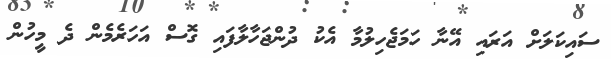
ސައިކަލަށް އަރައި އޭނާ ހަމަޖެހިލުމާ އެކު ދުންޖަހާލާފައި ގޮސް އަހަރެމެން ދެ މީހުން